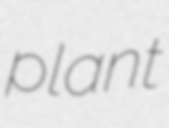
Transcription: plant